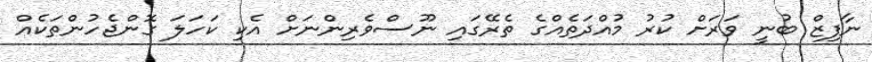
ނާފިޒް ބުނީ ވަރަށް ކުރު މުއްދަތެއްގެ ތެރޭގައި ނޫސްވެރިންނަށް އެކި ކަހަލަ ގޮންޖެހުންތަކެއް